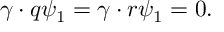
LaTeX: \gamma \cdot q \psi _ { 1 } = \gamma \cdot r \psi _ { 1 } = 0 .